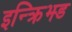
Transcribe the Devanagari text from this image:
इन्क्रिझ्ड